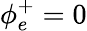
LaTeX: \phi_{e}^{+}=0